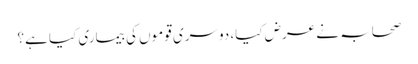
صحابہ نے عرض کیا، دوسری قوموں کی بیماری کیا ہے؟